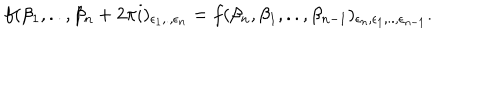
LaTeX: f ( \beta _ { 1 } , . . , \beta _ { n } + 2 \pi i ) _ { \epsilon _ { 1 } , . , \epsilon _ { n } } = f ( \beta _ { n } , \beta _ { 1 } , . . , \beta _ { n - 1 } ) _ { \epsilon _ { n } , \epsilon _ { 1 } , . . , \epsilon _ { n - 1 } } .